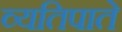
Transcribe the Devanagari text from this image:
व्यतिपाते